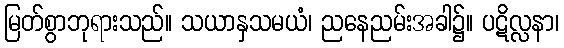
မြတ်စွာဘုရားသည်။ သယာနှသမယံ၊ ညနေညမ်းအခါ၌။ ပဋိလ္လနာ၊